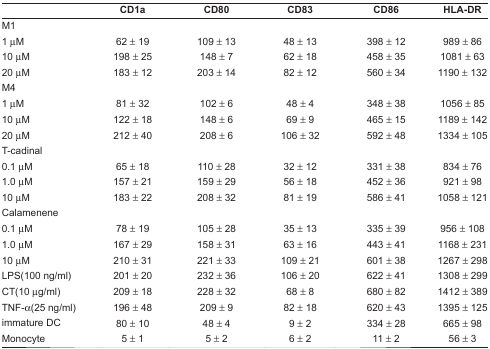
<table><thead><tr><td></td><td><b>CD1a</b></td><td><b>CD80</b></td><td><b>CD83</b></td><td><b>CD86</b></td><td><b>HLA-DR</b></td></tr></thead><tbody><tr><td colspan="6">M1</td></tr><tr><td>1 μM</td><td>62 ± 19</td><td>109 ± 13</td><td>48 ± 13</td><td>398 ± 12</td><td>989 ± 86</td></tr><tr><td>10 μM</td><td>198 ± 25</td><td>148 ± 7</td><td>62 ± 18</td><td>458 ± 35</td><td>1081 ± 63</td></tr><tr><td>20 μM</td><td>183 ± 12</td><td>203 ± 14</td><td>82 ± 12</td><td>560 ± 34</td><td>1190 ± 132</td></tr><tr><td colspan="6">M4</td></tr><tr><td>1 μM</td><td>81 ± 32</td><td>102 ± 6</td><td>48 ± 4</td><td>348 ± 38</td><td>1056 ± 85</td></tr><tr><td>10 μM</td><td>122 ± 18</td><td>148 ± 6</td><td>69 ± 9</td><td>465 ± 15</td><td>1189 ± 142</td></tr><tr><td>20 μM</td><td>212 ± 40</td><td>208 ± 6</td><td>106 ± 32</td><td>592 ± 48</td><td>1334 ± 105</td></tr><tr><td colspan="6">T-cadinal</td></tr><tr><td>0.1 μM</td><td>65 ± 18</td><td>110 ± 28</td><td>32 ± 12</td><td>331 ± 38</td><td>834 ± 76</td></tr><tr><td>1.0 μM</td><td>157 ± 21</td><td>159 ± 29</td><td>56 ± 18</td><td>452 ± 36</td><td>921 ± 98</td></tr><tr><td>10 μM</td><td>183 ± 22</td><td>208 ± 32</td><td>81 ± 19</td><td>586 ± 41</td><td>1058 ± 121</td></tr><tr><td colspan="6">Calamenene</td></tr><tr><td>0.1 μM</td><td>78 ± 19</td><td>105 ± 28</td><td>35 ± 13</td><td>335 ± 39</td><td>956 ± 108</td></tr><tr><td>1.0 μM</td><td>167 ± 29</td><td>158 ± 31</td><td>63 ± 16</td><td>443 ± 41</td><td>1168 ± 231</td></tr><tr><td>10 μM</td><td>210 ± 31</td><td>221 ± 33</td><td>109 ± 21</td><td>601 ± 38</td><td>1267 ± 298</td></tr><tr><td>LPS(100 ng/ml)</td><td>201 ± 20</td><td>232 ± 36</td><td>106 ± 20</td><td>622 ± 41</td><td>1308 ± 299</td></tr><tr><td>CT(10 μg/ml)</td><td>209 ± 18</td><td>228 ± 32</td><td>68 ± 8</td><td>680 ± 82</td><td>1412 ± 389</td></tr><tr><td>TNF-α (25 ng/ml)</td><td>196 ± 48</td><td>209 ± 9</td><td>82 ± 18</td><td>620 ± 43</td><td>1395 ± 125</td></tr><tr><td>immature DC</td><td>80 ± 10</td><td>48 ± 4</td><td>9 ± 2</td><td>334 ± 28</td><td>665 ± 98</td></tr><tr><td>Monocyte</td><td>5 ± 1</td><td>5 ± 2</td><td>6 ± 2</td><td>11 ± 2</td><td>56 ± 3</td></tr></tbody></table>